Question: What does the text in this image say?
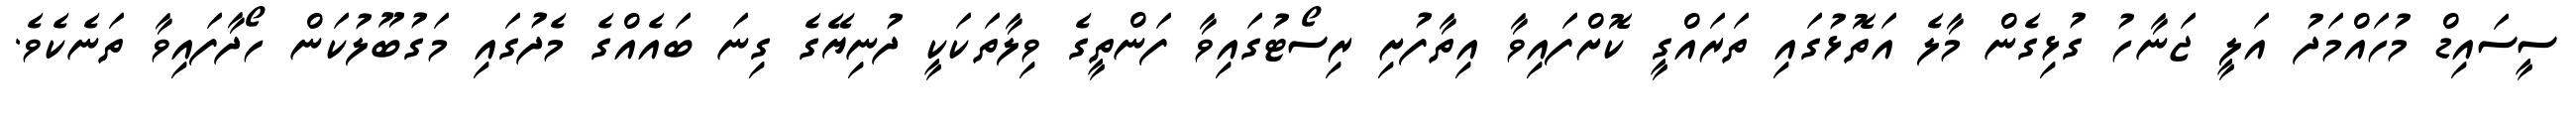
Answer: ސީސައިޑް މުހައްމަދު އަލީ ޖަނާހު ގުޅިގެން މާލެ އަތޮޅުގައި ތަރައްގީ ކޮށްފައިވާ އިތާފުށި ރިސޯޓުގައިވާ ފަންތީގެ ވިލާތަކަކީ ދުނިޔޭގެ ގިނަ ބައެއްގެ މެދުގައި މަގުބޫލުކަން ހޯދާފައިވާ ތަނެކެވެ.